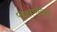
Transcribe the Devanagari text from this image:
चित्रपटानां